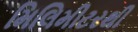
મિલિમીટરથી